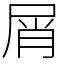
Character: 屑